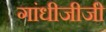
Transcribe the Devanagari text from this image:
गांधीजीजी